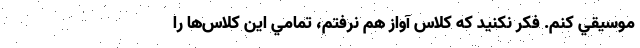
موسيقي كنم. فكر نكنيد كه كلاس آواز هم نرفتم، تمامي اين كلاس‌ها را